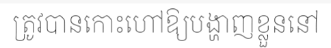
ត្រូវបានកោះហៅឱ្យបង្ហាញខ្លួននៅ